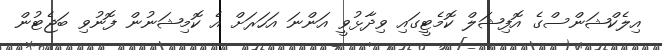
އިލެކްޝަންސްގެ އޮފިޝަލް ކޮމެޓީގައި ވިދާޅުވީ އަންނަ އަހަރަށް އެ ކޮމިޝަނުން ފޮނުވި ބަޖެޓުން